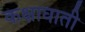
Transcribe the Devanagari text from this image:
कक्षाघाती